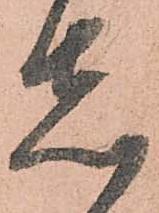
志